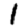
Digit: 1